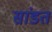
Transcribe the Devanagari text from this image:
सांडत